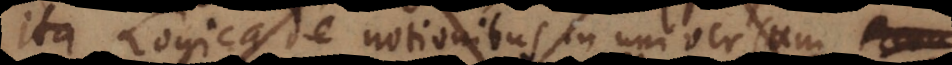
ita Logica de notionibus in universum (a